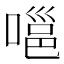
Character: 嗈